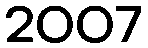
2007